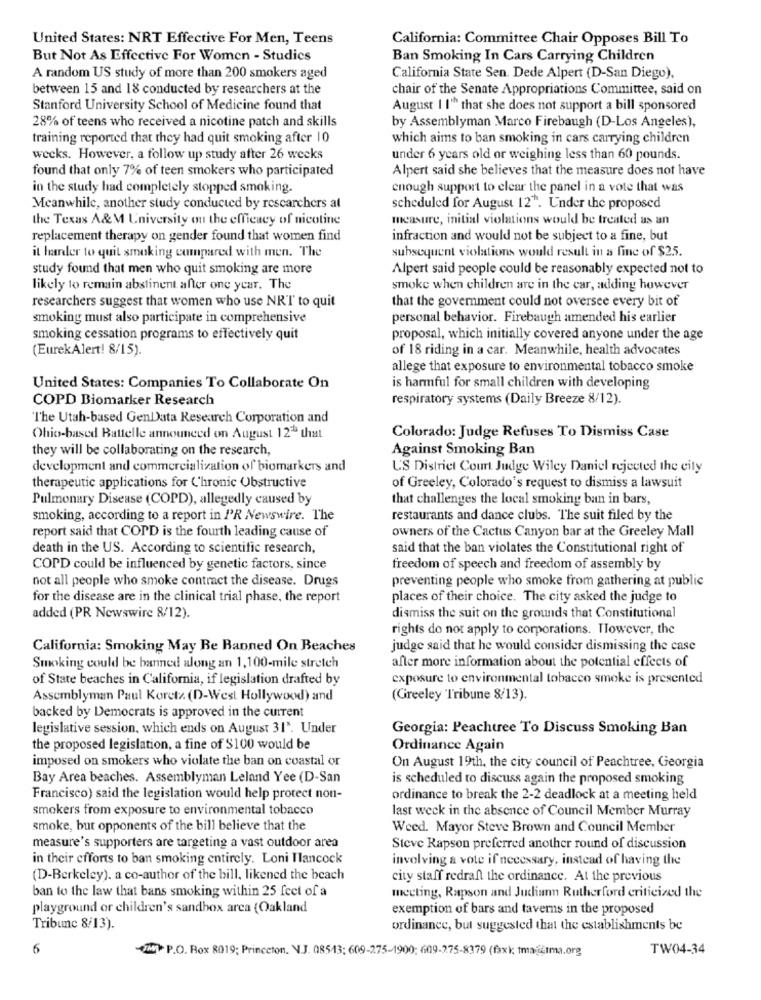
United States: NRT Effective For Men, Teens
California: Committee Chair Opposes Bill To
But Not As Effective For Women - Studies
Ban Smoking In Cars Carrying Children
A random US study of more than 200 smokers aged
California State Sen. Dede Alpert (D-San Diego),
between 15 and 18 conducted by researchers at the
chair of the Senate Appropriations Committee, said on
Stanford University School of Medicine found that
August I I' that she does not support a bill sponsored
by Assemblyman Marco Firebaugh (D-Los Angeles),
28% of teens who received a nicotine patch and skills
training reported that they had quit smoking after 10
which aims to ban smoking in cars carrying children
weeks. However, a follow up study after 26 weeks
under 6 years old or weighing less than 60 pounds.
found that only 7% of teen smokers who participated
Alpert said she believes that the measure does not have
in the study had completely stopped smoking.
enough support to clear the panel in a vote that was
Meanwhile, another study conducted by researchers at
scheduled for August 12". Under the proposed
the Texas A&M University on the efficacy of nicotine
measure, initial violations would be treated as an
replacement therapy on gender found that women find
infraction and would not be subject to a fine, but
subsequent violations would result in a fine of $25.
it harder to quit smoking compared with men. The
study found that men who quit smoking are more
Alpert said people could be reasonably expected not to
likely to remain abstinent after one year. The
smoke when children are in the car, adding however
researchers suggest that women who use NRT to quit
that the government could not oversee every bit of
smoking must also participate in comprehensive
personal behavior. Firebaugh amended his earlier
smoking cessation programs to effectively quit
proposal, which initially covered anyone under the age
(EurekAlert! 8/15).
of 18 riding in a car. Meanwhile, health advocates
allege that exposure to environmental tobacco smoke
United States: Companies To Collaborate On
is harmful for small children with developing
COPD Biomarker Research
respiratory systems (Daily Breeze 8/12).
The Utah-based GenData Research Corporation and
Ohio-based Battelle announced on August 12ª that
Colorado: Judge Refuses To Dismiss Case
they will be collaborating on the research,
Against Smoking Ban
development and commercialization of biomarkers and
U'S District Court Judge Wiley Daniel rejected the city
therapeutic applications for Chronic Obstructive
of Greeley, Colorado's request to dismiss a lawsuit
Pulmonary Disease (COPD), allegedly caused by
that challenges the local smoking ban in bars,
smoking, according to a report in PR Newswire. The
restaurants and dance clubs. The suit filed by the
report said that COPD is the fourth leading cause of
owners of the Cactus Canyon bar at the Greeley Mall
death in the US. According to scientific research,
said that the ban violates the Constitutional right of
COPD could be influenced by genetic factors, since
freedom of speech and freedom of assembly by
not all people who smoke contract the disease. Drugs
preventing people who smoke from gathering at public
for the disease are in the clinical trial phase, the report
places of their choice. The city asked the judge to
added (PR Newswire 8/12).
dismiss the suit on the grounds that Constitutional
rights do not apply to corporations. However, the
California: Smoking May Be Banned On Beaches
judge said that he would consider dismissing the case
after more information about the potential effects of
Smoking could be banned along an 1,100-mile stretch
of State beaches in California, if legislation drafted by
exposure to environmental tobacco smoke is presented
Assemblyman Paul Koretz. (D-West Hollywood) and
(Greeley Tribune 8/13).
backed by Democrats is approved in the current
legislative session, which ends on August 31". Under
Georgia: Peachtree To Discuss Smoking Ban
the proposed legislation, a fine of $100 would be
Ordinance Again
imposed on smokers who violate the ban on coastal or
On August 19th, the city council of Peachtree, Georgia
Bay Area beaches. Assemblyman Leland Yee (D-San
is scheduled to discuss again the proposed smoking
Francisco) said the legislation would help protect non-
ordinance to break the 2-2 deadlock at a meeting held
smokers from exposure to environmental tobacco
last week in the absence of Council Member Murray
smoke, but opponents of the bill believe that the
Weed. Mayor Steve Brown and Council Member
measure's supporters are targeting a vast outdoor area
Steve Rapson preferred another round of discussion
in their efforts to ban smoking entirely. Loni Ilancock
involving a vote if necessary, instead of having the
(D-Berkeley). a co-author of the bill, likened the beach
city staff redraft the ordinance. At the previous
ban to the law that bans smoking within 25 feet of a
meeting, Rapson and Judiann Rutherford criticized the
playground or children's sandbox area (Oakland
exemption of bars and taverns in the proposed
Tribune 8/13).
ordinance, but suggested that the establishments be
6
UTM> P.O. Box 8019; Princeton, N.J. 08543; 609-275-1900; 609-275-8379 (faxk tma-itma.org
TW04-34